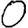
Digit: 0